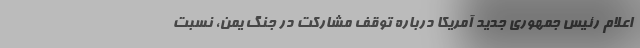
اعلام رئیس جمهوری جدید آمریکا درباره توقف مشارکت در جنگ یمن، نسبت